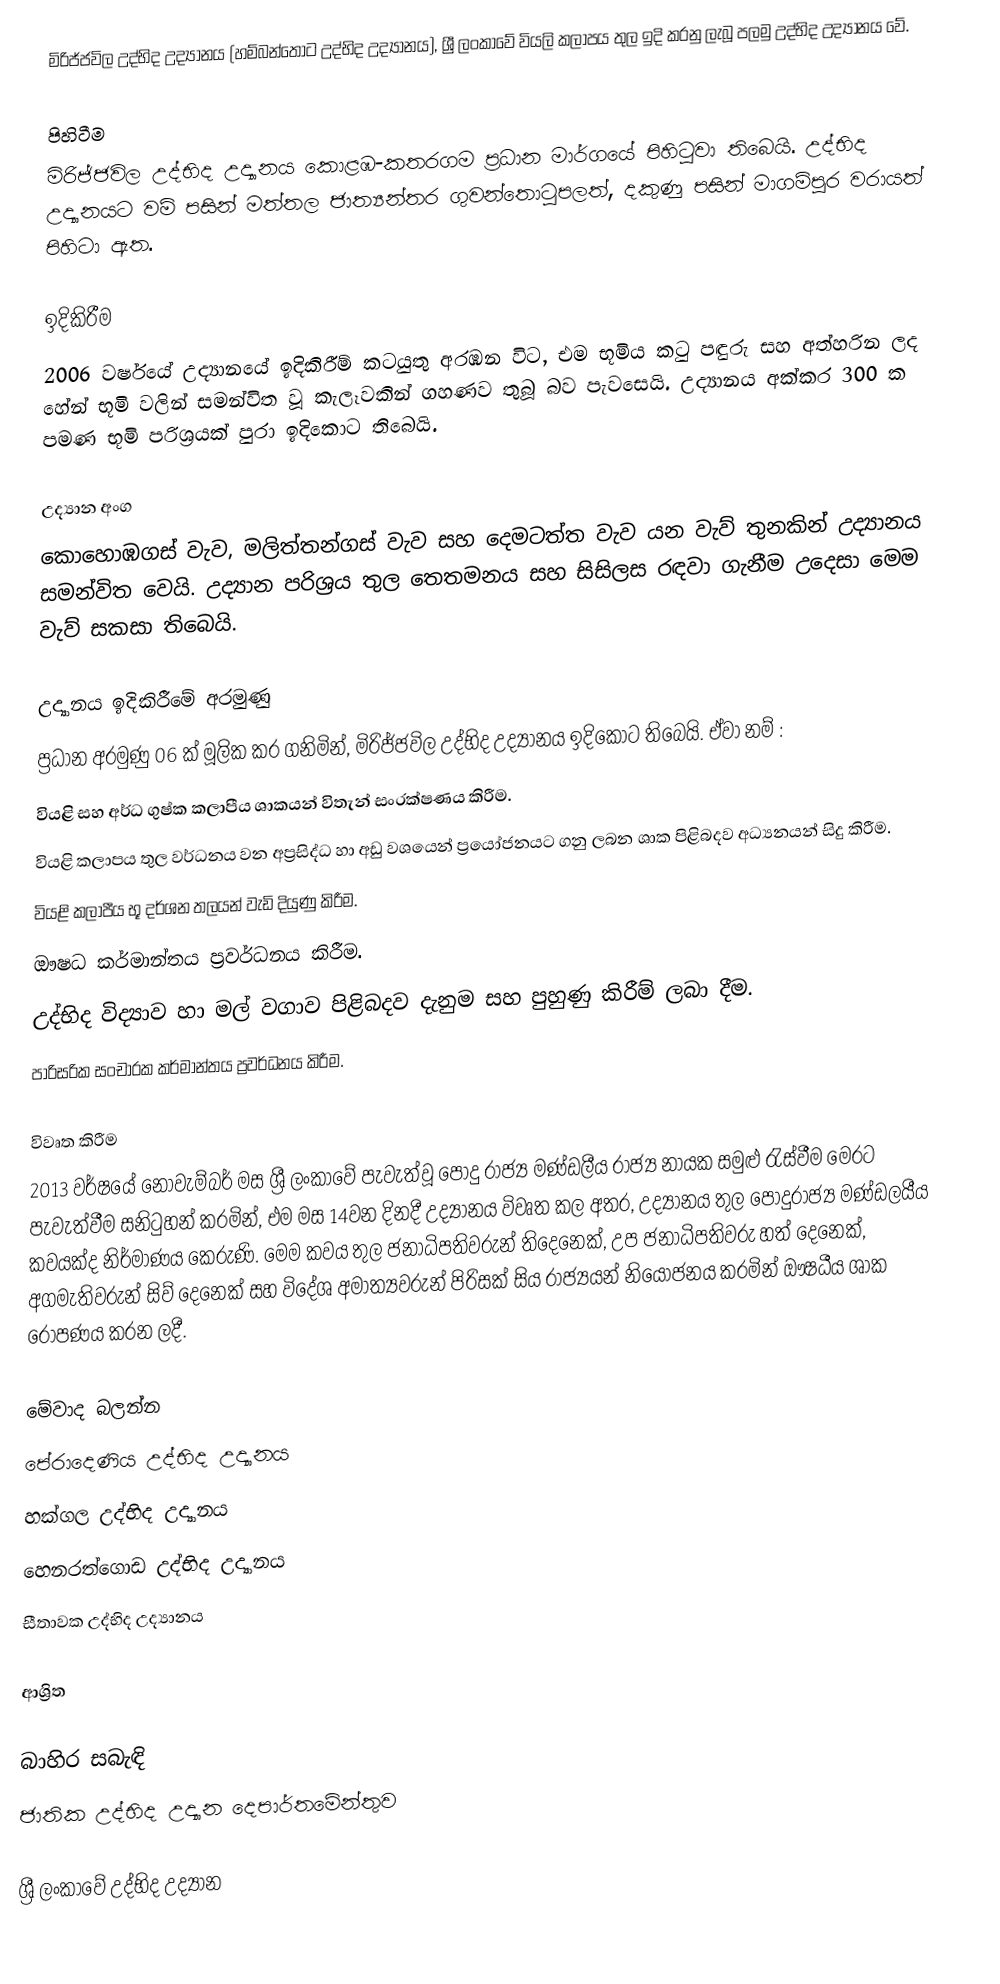
මිරිජ්ජවිල උද්භිද උද්‍යානය (හම්බන්තොට උද්භිද උද්‍යානය), ශ්‍රී ලංකාවේ වියලි කලාපය තුල ඉදි කරනු ලැබූ පලමු උද්භිද උද්‍යානය වේ.

පිහිටීම
මිරිජ්ජවිල උද්භිද උද්‍යානය කොළඹ-කතරගම ප්‍රධාන මාර්ගයේ පිහිටුවා තිබෙයි. උද්භිද උද්‍යානයට වම් පසින් මත්තල ජාත්‍යන්තර ගුවන්තොටුපලත්, දකුණු පසින් මාගම්පුර වරායත් පිහිටා ඇත.

ඉදිකිරීම
2006 වර්ෂයේ උද්‍යානයේ ඉදිකිරීම් කටයුතු අරඹන විට, එම භූමිය කටු පඳුරු සහ අත්හරින ලද හේන් භූමි වලින් සමන්විත වූ කැලෑවකින් ගහණව තුබූ බව පැවසෙයි. උද්‍යානය අක්කර 300 ක පමණ භූමි පරිශ්‍රයක් පුරා ඉදිකොට තිබෙයි.

උද්‍යාන අංග
කොහොඹගස් වැව, මලිත්තන්ගස් වැව සහ දෙමටත්ත වැව යන වැව් තුනකින් උද්‍යානය සමන්විත වෙයි. උද්‍යාන පරිශ්‍රය තුල තෙතමනය සහ සිසිලස රඳවා ගැනීම උදෙසා මෙම වැව් සකසා තිබෙයි.

උද්‍යානය ඉදිකිරීමේ අරමුණු
ප්‍රධාන අරමුණු 06 ක් මූලික කර ගනිමින්, මිරිජ්ජවිල උද්භිද උද්‍යානය ඉදිකොට තිබෙයි. ඒවා නම් :
වියළි සහ අර්ධ ගුෂ්ක කලාපීය ශාකයන් විතැන් සංරක්ෂණය කිරීම.
වියළි කලාපය තුල වර්ධනය වන අප්‍රසිද්ධ හා අඩු වශයෙන් ප්‍රයෝජනයට ගනු ලබන ශාක පිළිබදව අධ්‍යනයන් සිදු කිරීම.
වියළි කලාපීය භූ දර්ශන තලයන් වැඩි දියුණු කිරීම.
ඖෂධ කර්මාන්තය ප්‍රවර්ධනය කිරීම.
උද්භිද විද්‍යාව හා මල් වගාව පිළිබදව දැනුම සහ පුහුණු කිරීම් ලබා දීම.
පාරිසරික සංචාරක කර්මාන්තය ප්‍රවර්ධනය කිරීම.

විවෘත කිරීම
2013 වර්ෂයේ නොවැම්බර් මස  ශ්‍රී ලංකාවේ පැවැත්වූ පොදු රාජ්‍ය මණ්ඩලීය රාජ්‍ය නායක සමුළු රැස්වීම මෙරට පැවැත්වීම සනිටුහන් කරමින්, එම මස 14වන දිනදී උද්‍යානය විවෘත කල අතර, උද්‍යානය තුල පොදුරාජ්‍ය මණ්ඩලයීය කවයක්ද නිර්මාණය කෙරුණි. මෙම කවය තුල ජනාධිපතිවරුන් තිදෙනෙක්, උප ජනාධිපතිවරු හත් දෙනෙක්, අගමැතිවරුන් සිව් දෙනෙක් සහ විදේශ අමාත්‍යවරුන් පිරිසක් සිය රාජ්‍යයන් නියෝජනය කරමින් ඖෂධීය ශාක රෝපණය කරන ලදී.

මේවාද බලන්න
 පේරාදෙණිය උද්භිද උද්‍යානය
 හක්ගල උද්භිද උද්‍යානය
 හෙනරත්ගොඩ උද්භිද උද්‍යානය
 සීතාවක උද්භිද උද්‍යානය

ආශ්‍රිත

බාහිර සබැඳි
 ජාතික උද්භිද උද්‍යාන දෙපාර්තමේන්තුව

ශ්‍රී ලංකාවේ උද්භිද උද්‍යාන